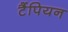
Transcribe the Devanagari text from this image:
टैंपियन